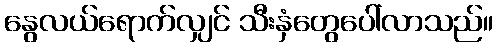
နွေလယ်ရောက်လျှင် သီးနှံတွေပေါ်လာသည်။